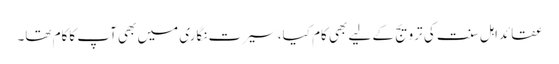
عقائداہل سنت کی ترویج کے لیے بھی کام کیا، سیرت نگاری میں بھی آپ کاکام تھا۔